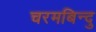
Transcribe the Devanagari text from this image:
चरमबिन्दु